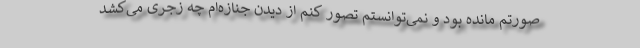
صورتم مانده بود و نمی‌توانستم تصور کنم از دیدن جنازه‌ام چه زجری می‌کشد